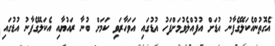
އެގޮތުންއެކަލޭގެފާނު އުޑަށް އުފުއްލެވުމަށްފަހު އުޑުގައި އަވަހާރަވި ކަމަށް ބުނާ ރައުޔާއި އެކަލޭގެފާނު އުޑުގައި